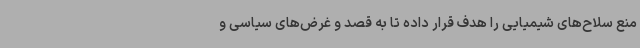
منع سلاح‌های شیمیایی را هدف قرار داده تا به قصد و غرض‌های سیاسی و